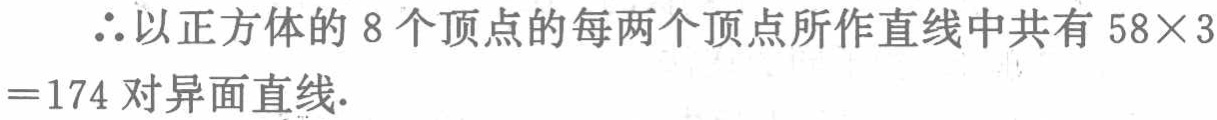
$\therefore$以正方体的$8$个顶点的每两个顶点所作直线中共有$58\times 3=174$对异面直线.